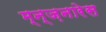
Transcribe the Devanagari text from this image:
म्न्ज़नारेस